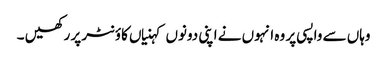
وہاں سے واپسی پر وہ انہوں نے اپنی دونوں کہنیاں کاؤنٹر پر رکھیں ۔